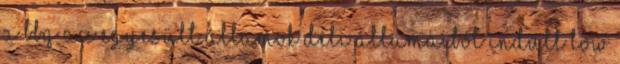
A BBQ az Egyesült Államok déli államaiból indult low